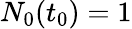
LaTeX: N_{0}(t_{0})=1